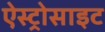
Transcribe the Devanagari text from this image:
ऐस्ट्रोसाइट